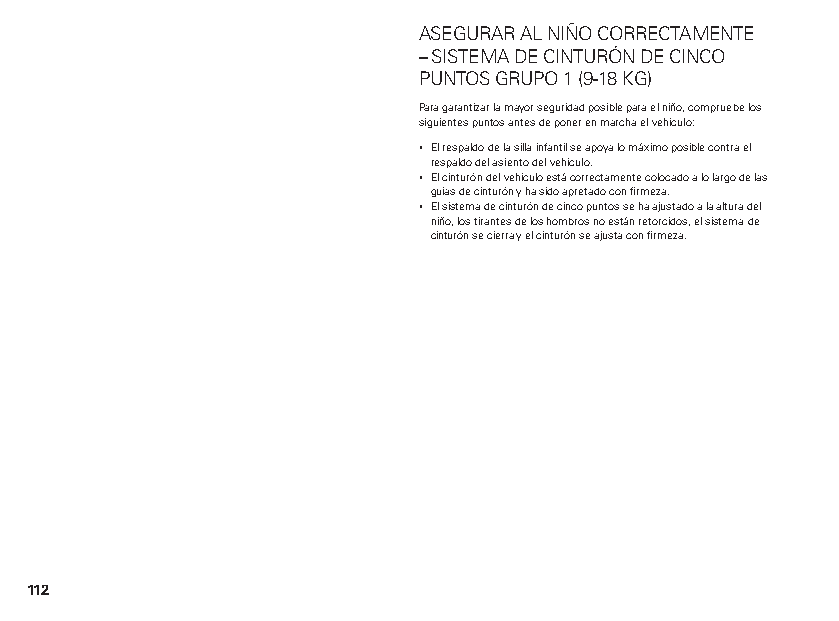
ASEGURAR AL NIÑO CORRECTAMENTE
 – SISTEMA DE CINTURÓN DE CINCO
 PUNTOS GRUPO 1 (9-18 KG)
 Para garantizar la mayor seguridad posible para el niño, compruebe los
 siguientes puntos antes de poner en marcha el vehículo:
 ▪ El respaldo de la silla infantil se apoya lo máximo posible contra el
 respaldo del asiento del vehículo.
 ▪ El cinturón del vehículo está correctamente colocado a lo largo de las
 guías de cinturón y ha sido apretado con firmeza.
 ▪ El sistema de cinturón de cinco puntos se ha ajustado a la altura del
 niño, los tirantes de los hombros no están retorcidos, el sistema de
 cinturón se cierra y el cinturón se ajusta con firmeza.
 112